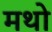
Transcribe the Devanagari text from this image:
मथो